Indian journal of veterinary science and animal husbandry - Volume 4,
Year: 1934
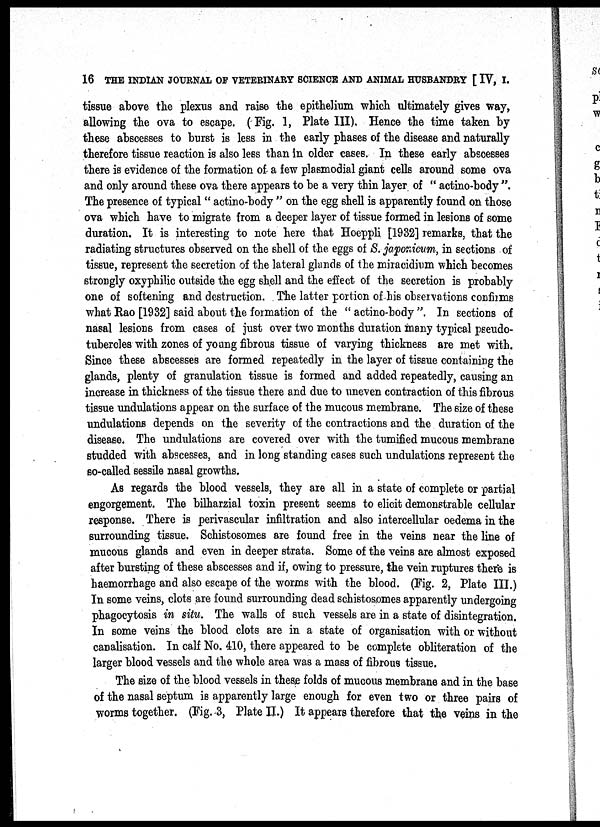
16 THE INDIAN JOURNAL OF VETERINARY SCIENCE AND ANIMAL HUSBANDRY [ IV, I.
tissue above the plexus and raise the epithelium which ultimately gives way,
allowing the ova to escape. (Fig. 1, Plate III). Hence the time taken by
these abscesses to burst is less in the early phases of the disease and naturally
therefore tissue reaction is also less than in older cases. In these early abscesses
there is evidence of the formation of a few plasmodial giant cells around some ova
and only around these ova there appears to be a very thin layer of " actino-body ".
The presence of typical " actino-body " on the egg shell is apparently found on those
ova which have to migrate from a deeper layer of tissue formed in lesions of some
duration. It is interesting to note here that Hoeppli [1932] remarks, that the
radiating structures observed on the shell of the eggs of S. japonicum, in sections of
tissue, represent the secretion of the lateral glands of the miracidium which becomes
strongly oxyphilic outside the egg shell and the effect of the secretion is probably
one of softening and destruction. The latter portion of his observations confirms
what Rao [1932] said about the formation of the " actino-body ". In sections of
nasal lesions from cases of just over two months duration many typical pseudo-
tubercles with zones of young fibrous tissue of varying thickness are met with.
Since these abscesses are formed repeatedly in the layer of tissue containing the
glands, plenty of granulation tissue is formed and added repeatedly, causing an
increase in thickness of the tissue there and due to uneven contraction of this fibrous
tissue undulations appear on the surface of the mucous membrane. The size of these
undulations depends on the severity of the contractions and the duration of the
disease. The undulations are covered over with the tumified mucous membrane
studded with abscesses, and in long standing cases such undulations represent the
so-called sessile nasal growths.
As regards the blood vessels, they are all in a state of complete or partial
engorgement. The bilharzial toxin present seems to elicit demonstrable cellular
response. There is perivascular infiltration and also intercellular oedema in the
surrounding tissue. Schistosomes are found free in the veins near the line of
mucous glands and even in deeper strata. Some of the veins are almost exposed
after bursting of these abscesses and if, owing to pressure, the vein ruptures there is
haemorrhage and also escape of the worms with the blood. (Fig. 2, Plate III.)
In some veins, clots are found surrounding dead schistosomes apparently undergoing
phagocytosis in situ. The walls of such vessels are in a state of disintegration.
In some veins the blood clots are in a state of organisation with or without
canalisation. In calf No. 410, there appeared to be complete obliteration of the
larger blood vessels and the whole area was a mass of fibrous tissue.
The size of the blood vessels in these folds of mucous membrane and in the base
of the nasal septum is apparently large enough for even two or three pairs of
worms together. (Fig. 3, Plate II.) It appears therefore that the veins in the